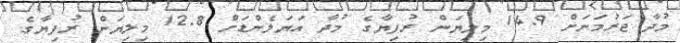
މުދާ ޖަރުމަނަށް 14.9 މިލިޔަން ރުފިޔާގެ މުދާ އަޔަލެންޑަށް 12.8 މިލިޔަން ރުފިޔާގެ